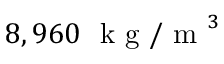
8 , 9 6 0 ~ \mathrm { ~ k ~ g ~ / ~ m ~ } ^ { 3 }